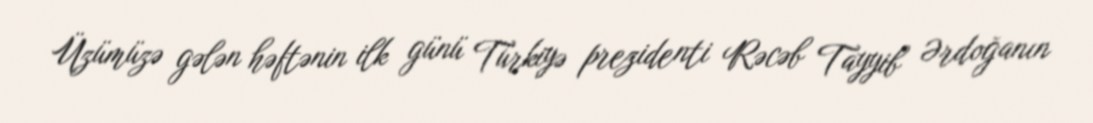
Üzümüzə gələn həftənin ilk günü Türkiyə prezidenti Rəcəb Tayyib Ərdoğanın